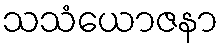
သသံယောဇနာ